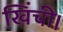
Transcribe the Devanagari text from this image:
खिंची।